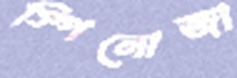
স্পিনোজা